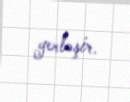
yerləşir.